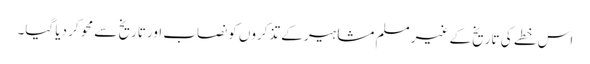
اس خطے کی تاریخ کے غیر مسلم مشاہیر کے تذکروں کو نصاب اور تاریخ سے محو کر دیا گیا۔